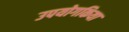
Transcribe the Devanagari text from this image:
उपयोगकिया